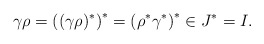
\begin{align*}\gamma\rho = \left((\gamma\rho)^{\ast}\right)^{\ast} = \left(\rho^{*}\gamma^{*}\right)^{*} \in J^{*}=I.\end{align*}